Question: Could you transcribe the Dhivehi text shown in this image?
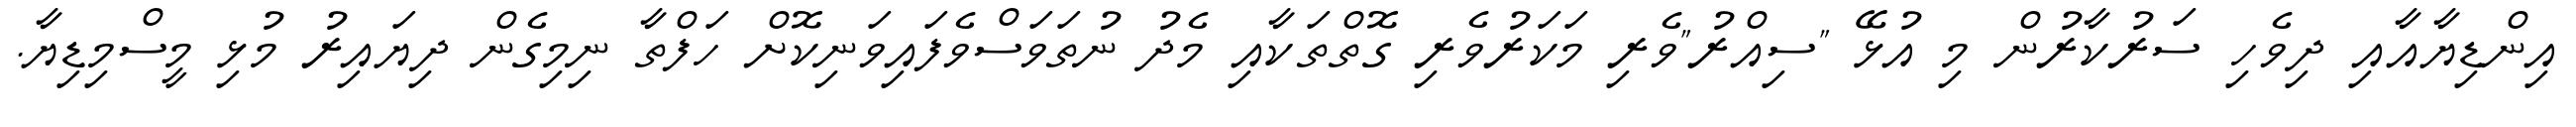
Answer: އިންޑިޔާއާއި ދިވެހި ސަރުކާރުން މި އުޅޭ "ސިއްރު"ވެރި މަކަރުވެރި ގޮތްތަކާއި މެދު ނުތަވަސްވެފައިވަނިކޮށް ހަފްތާ ނިމިގެން ދިޔައިރު މުޅި މީސްމިޑިޔާ.